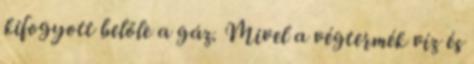
kifogyott belőle a gáz. Mivel a végtermék víz és